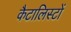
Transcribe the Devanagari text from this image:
कैटालिस्टों